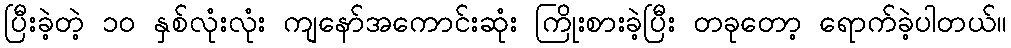
ပြီးခဲ့တဲ့ ၁၀ နှစ်လုံးလုံး ကျနော်အကောင်းဆုံး ကြိုးစားခဲ့ပြီး တခုတော့ ရောက်ခဲ့ပါတယ်။